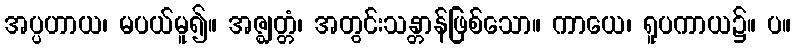
အပ္ပဟာယ၊ မပယ်မူ၍။ အဇ္ဈတ္တံ၊ အတွင်းသန္တာန်ဖြစ်သော။ ကာယေ၊ ရူပကာယ၌။ ပ။